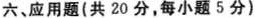
六、应用题(共20分，每小题5分)